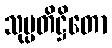
သုပ္ပတိဋ္ဌိတော